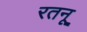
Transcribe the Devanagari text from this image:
रतनू